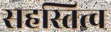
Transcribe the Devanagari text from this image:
सहस्तित्व